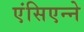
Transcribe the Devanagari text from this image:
एंसिएन्ने